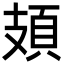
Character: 頍